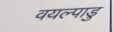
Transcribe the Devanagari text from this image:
वयल्पाडु